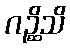
ဂဉ္ဆိသိ